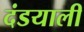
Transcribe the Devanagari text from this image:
दंडयाली